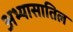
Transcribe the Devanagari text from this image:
अभ्यासातिल